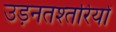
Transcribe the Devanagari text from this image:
उड़नतश्तरियों